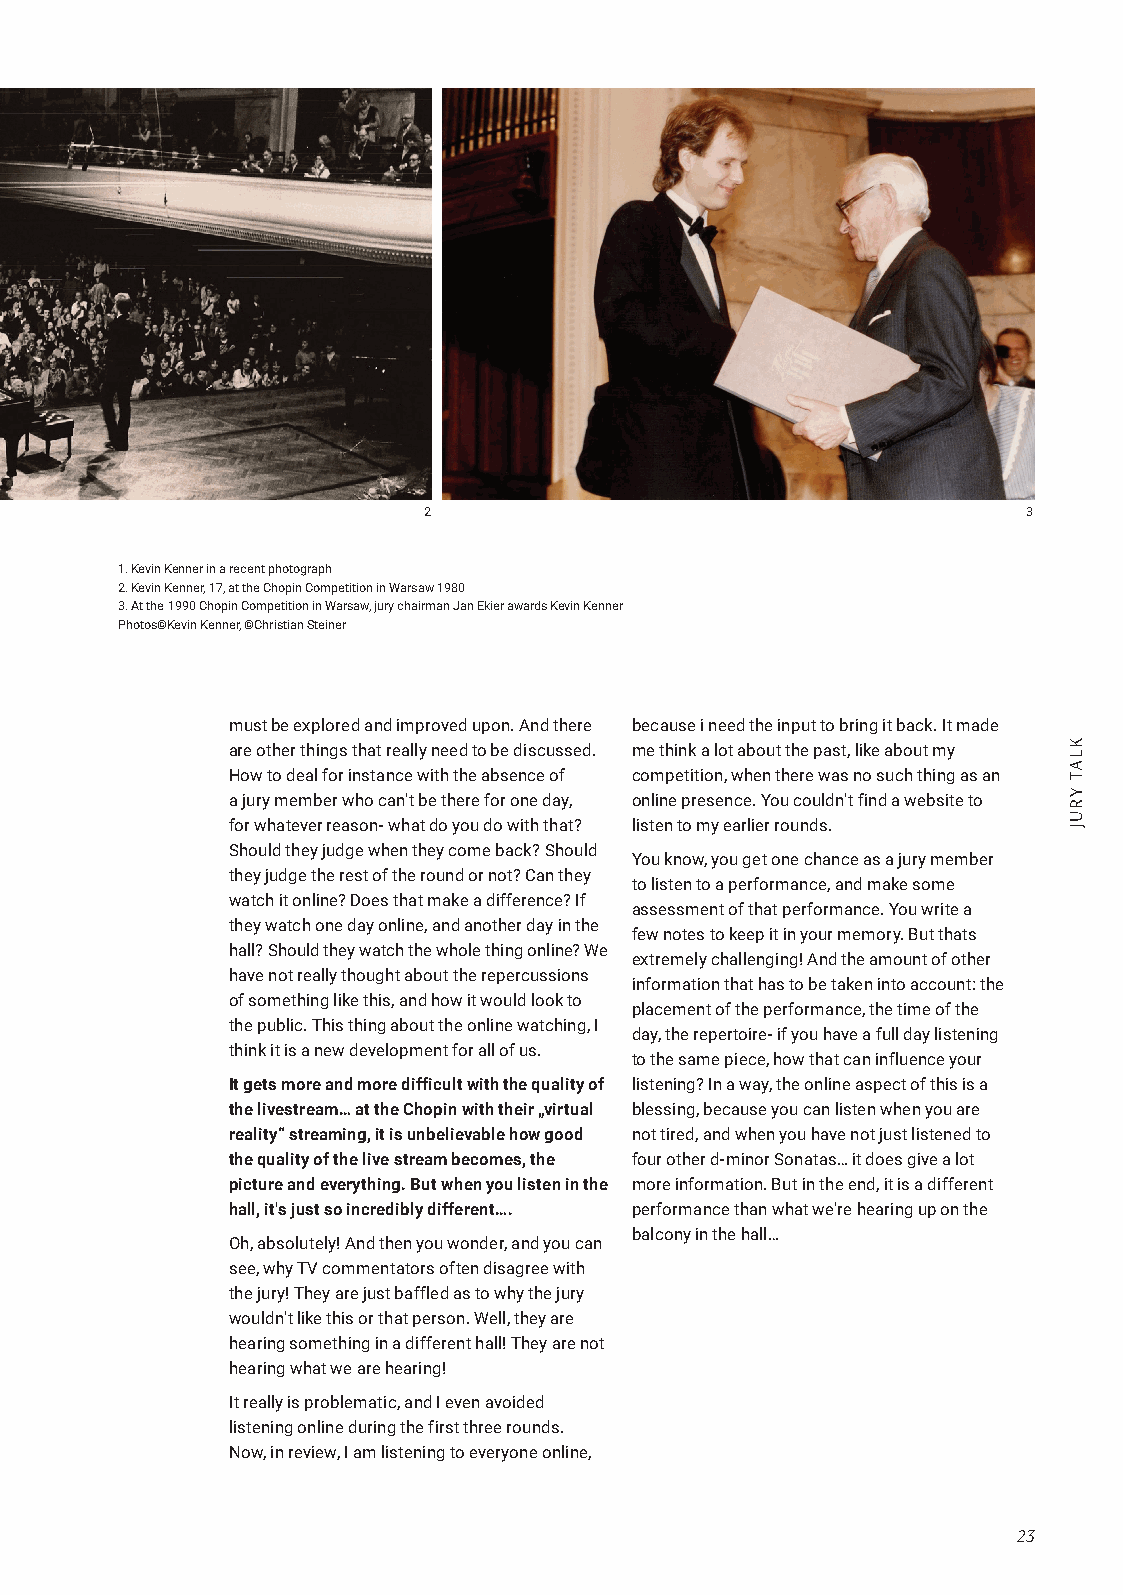
2                                       3
 1. Kevin Kenner in a recent photograph
 2. Kevin Kenner, 17, at the Chopin Competition in Warsaw 1980
 3. At the 1990 Chopin Competition in Warsaw, jury chairman Jan Ekier awards Kevin Kenner
 Photos©Kevin Kenner, ©Christian Steiner
 must be explored and improved upon. And there because i need the input to bring it back. It made
 are other things that really need to be discussed. me think a lot about the past, like about my
 How to deal for instance with the absence of competition, when there was no such thing as an
 a jury member who can't be there for one day, online presence. You couldn't find a website to
 for whatever reason- what do you do with that? listen to my earlier rounds.
 Should they judge when they come back? Should
 You know, you get one chance as a jury member
 they judge the rest of the round or not? Can they
 to listen to a performance, and make some
 watch it online? Does that make a difference? If
 assessment of that performance. You write a
 they watch one day online, and another day in the
 few notes to keep it in your memory. But thats
 hall? Should they watch the whole thing online? We
 extremely challenging! And the amount of other
 have not really thought about the repercussions
 information that has to be taken into account: the
 of something like this, and how it would look to
 placement of the performance, the time of the
 the public. This thing about the online watching, I
 day, the repertoire- if you have a full day listening
 think it is a new development for all of us.
 to the same piece, how that can influence your
 It gets more and more difficult with the quality of listening? In a way, the online aspect of this is a
 the livestream… at the Chopin with their „virtual blessing, because you can listen when you are
 reality“ streaming, it is unbelievable how good not tired, and when you have not just listened to
 the quality of the live stream becomes, the four other d-minor Sonatas… it does give a lot
 picture and everything. But when you listen in the more information. But in the end, it is a different
 hall, it's just so incredibly different…. performance than what we're hearing up on the
 balcony in the hall…
 Oh, absolutely! And then you wonder, and you can
 see, why TV commentators often disagree with
 the jury! They are just baffled as to why the jury
 wouldn't like this or that person. Well, they are
 hearing something in a different hall! They are not
 hearing what we are hearing!
 It really is problematic, and I even avoided
 listening online during the first three rounds.
 Now, in review, I am listening to everyone online,
 23
 KLAT
 YRUJ